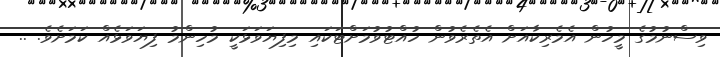
ވިސްނުމުގެ މީހުން އެމެރިކާއަށް އެތެރެވުން ހުއްޓުވުމަށްޓަކައި މިފިޔަވަޅަކީ މުހިންމު ފިޔަވަޅެއް ކަމަށެވެ. ..